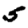
Digit: 5